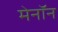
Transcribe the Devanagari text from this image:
मेनॉन